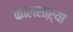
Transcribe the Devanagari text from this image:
कोलसाऱ्या